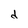
Character: d